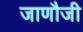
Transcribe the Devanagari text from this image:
जाणौजी